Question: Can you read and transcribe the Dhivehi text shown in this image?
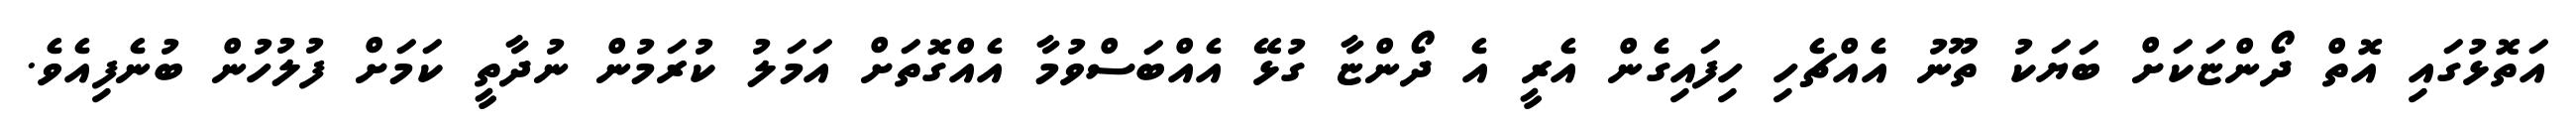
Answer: އަތޮޅުގައި އޮތް ދޯންޏަކަށް ބަޔަކު ތޫނު އެއްޗެހި ހިފައިގެން އެރީ އެ ދޯންޏާ ގުޅޭ އެއްބަސްވުމާ އެއްގޮތަށް އަމަލު ކުރަމުން ނުދާތީ ކަމަށް ފުލުހުން ބުނެފިއެވެ.